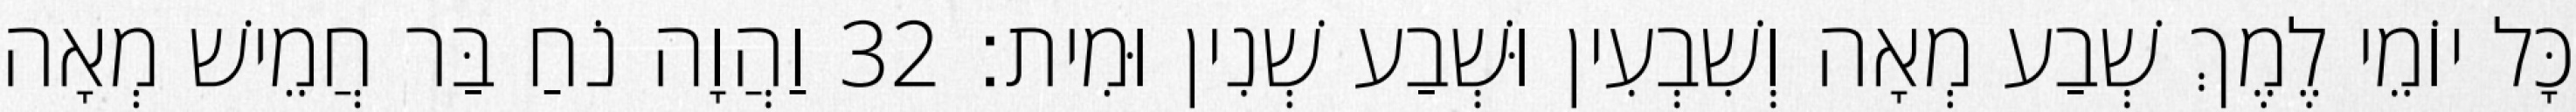
כָּל יוֹמֵי לֶמֶךְ שְׁבַע מְאָה וְשִׁבְעִין וּשְׁבַע שְׁנִין וּמִית׃ 32 וַהֲוָה נֹחַ בַּר חֲמֵישׁ מְאָה